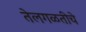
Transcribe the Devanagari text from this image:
तेलगळतीचे